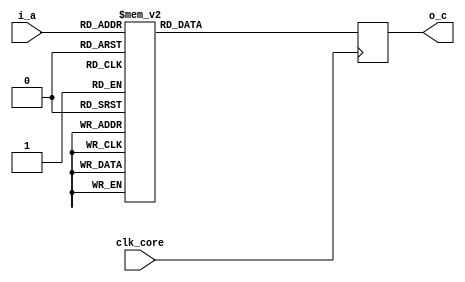
// This program was cloned from: https://github.com/Kenji-Ishimaru/polyphony
// License: MIT License

//=======================================================================
// Project Polyphony
//
// File:
//   fm_3d_frcp_rom.v
//
// Abstract:
//   floating point 1/x rom table
//  Created:
//    30 September 2008
//
// Copyright (c) 2008  Kenji Ishimaru, All rights reserved.
//
//======================================================================
//
// Copyright (c) 2020, Kenji Ishimaru
// All rights reserved.
//
// Redistribution and use in source and binary forms, with or without
// modification, are permitted provided that the following conditions are met:
//
//  -Redistributions of source code must retain the above copyright notice,
//   this list of conditions and the following disclaimer.
//  -Redistributions in binary form must reproduce the above copyright notice,
//   this list of conditions and the following disclaimer in the documentation
//   and/or other materials provided with the distribution.
//
// THIS SOFTWARE IS PROVIDED BY THE COPYRIGHT HOLDERS AND CONTRIBUTORS "AS IS"
// AND ANY EXPRESS OR IMPLIED WARRANTIES, INCLUDING, BUT NOT LIMITED TO,
// THE IMPLIED WARRANTIES OF MERCHANTABILITY AND FITNESS FOR A PARTICULAR
// PURPOSE ARE DISCLAIMED. IN NO EVENT SHALL THE COPYRIGHT HOLDER OR
// CONTRIBUTORS BE LIABLE FOR ANY DIRECT, INDIRECT, INCIDENTAL, SPECIAL,
// EXEMPLARY, OR CONSEQUENTIAL DAMAGES (INCLUDING, BUT NOT LIMITED TO,
// PROCUREMENT OF SUBSTITUTE GOODS OR SERVICES; LOSS OF USE, DATA, OR PROFITS;
// OR BUSINESS INTERRUPTION) HOWEVER CAUSED AND ON ANY THEORY OF LIABILITY,
// WHETHER IN CONTRACT, STRICT LIABILITY, OR TORT (INCLUDING NEGLIGENCE OR
// OTHERWISE) ARISING IN ANY WAY OUT OF THE USE OF THIS SOFTWARE,
// EVEN IF ADVISED OF THE POSSIBILITY OF SUCH DAMAGE.
//

module fm_3d_frcp_rom (
  clk_core,
  i_a,
  o_c
);

////////////////////////////
// I/O definition
////////////////////////////
    input         clk_core;
    input  [6:0]  i_a;
    output [31:0] o_c;

////////////////////////////
// reg
////////////////////////////
(*rom_style="distributed" *) reg    [31:0] r_c;
////////////////////////////
// assign
////////////////////////////
    assign o_c = r_c;
///////////////////////////////////////////
//  always statement
///////////////////////////////////////////
    always @(posedge clk_core) begin
(* parallel_case *) case (i_a)
            7'd0:   r_c <= 32'h800001fc;
            7'd1:   r_c <= 32'h7f0101f4;
            7'd2:   r_c <= 32'h7e0701ec;
            7'd3:   r_c <= 32'h7d1101e5;
            7'd4:   r_c <= 32'h7c1f01dd;
            7'd5:   r_c <= 32'h7b3001d6;
            7'd6:   r_c <= 32'h7a4401cf;
            7'd7:   r_c <= 32'h795c01c8;
            7'd8:   r_c <= 32'h787801c2;
            7'd9:   r_c <= 32'h779701bb;
            7'd10:  r_c <= 32'h76b901b5;
            7'd11:  r_c <= 32'h75de01af;
            7'd12:  r_c <= 32'h750701a8;
            7'd13:  r_c <= 32'h743201a2;
            7'd14:  r_c <= 32'h7361019d;
            7'd15:  r_c <= 32'h72920197;
            7'd16:  r_c <= 32'h71c70191;
            7'd17:  r_c <= 32'h70fe018c;
            7'd18:  r_c <= 32'h70380186;
            7'd19:  r_c <= 32'h6f740181;
            7'd20:  r_c <= 32'h6eb3017c;
            7'd21:  r_c <= 32'h6df50177;
            7'd22:  r_c <= 32'h6d3a0172;
            7'd23:  r_c <= 32'h6c80016d;
            7'd24:  r_c <= 32'h6bca0168;
            7'd25:  r_c <= 32'h6b150164;
            7'd26:  r_c <= 32'h6a63015f;
            7'd27:  r_c <= 32'h69b4015a;
            7'd28:  r_c <= 32'h69060156;
            7'd29:  r_c <= 32'h685b0152;
            7'd30:  r_c <= 32'h67b2014d;
            7'd31:  r_c <= 32'h670b0149;
            7'd32:  r_c <= 32'h66660145;
            7'd33:  r_c <= 32'h65c30141;
            7'd34:  r_c <= 32'h6522013d;
            7'd35:  r_c <= 32'h64830139;
            7'd36:  r_c <= 32'h63e70136;
            7'd37:  r_c <= 32'h634c0132;
            7'd38:  r_c <= 32'h62b2012e;
            7'd39:  r_c <= 32'h621b012a;
            7'd40:  r_c <= 32'h61860127;
            7'd41:  r_c <= 32'h60f20123;
            7'd42:  r_c <= 32'h60600120;
            7'd43:  r_c <= 32'h5fd0011d;
            7'd44:  r_c <= 32'h5f410119;
            7'd45:  r_c <= 32'h5eb40116;
            7'd46:  r_c <= 32'h5e290113;
            7'd47:  r_c <= 32'h5d9f0110;
            7'd48:  r_c <= 32'h5d17010d;
            7'd49:  r_c <= 32'h5c90010a;
            7'd50:  r_c <= 32'h5c0b0107;
            7'd51:  r_c <= 32'h5b870104;
            7'd52:  r_c <= 32'h5b050101;
            7'd53:  r_c <= 32'h5a8400fe;
            7'd54:  r_c <= 32'h5a0500fb;
            7'd55:  r_c <= 32'h598700f9;
            7'd56:  r_c <= 32'h590b00f6;
            7'd57:  r_c <= 32'h588f00f3;
            7'd58:  r_c <= 32'h581600f1;
            7'd59:  r_c <= 32'h579d00ee;
            7'd60:  r_c <= 32'h572600ec;
            7'd61:  r_c <= 32'h56b000e9;
            7'd62:  r_c <= 32'h563b00e7;
            7'd63:  r_c <= 32'h55c700e4;
            7'd64:  r_c <= 32'h555500e2;
            7'd65:  r_c <= 32'h54e400e0;
            7'd66:  r_c <= 32'h547400dd;
            7'd67:  r_c <= 32'h540500db;
            7'd68:  r_c <= 32'h539700d9;
            7'd69:  r_c <= 32'h532a00d7;
            7'd70:  r_c <= 32'h52bf00d4;
            7'd71:  r_c <= 32'h525400d2;
            7'd72:  r_c <= 32'h51eb00d0;
            7'd73:  r_c <= 32'h518300ce;
            7'd74:  r_c <= 32'h511b00cc;
            7'd75:  r_c <= 32'h50b500ca;
            7'd76:  r_c <= 32'h505000c8;
            7'd77:  r_c <= 32'h4fec00c6;
            7'd78:  r_c <= 32'h4f8800c4;
            7'd79:  r_c <= 32'h4f2600c2;
            7'd80:  r_c <= 32'h4ec400c0;
            7'd81:  r_c <= 32'h4e6400bf;
            7'd82:  r_c <= 32'h4e0400bd;
            7'd83:  r_c <= 32'h4da600bb;
            7'd84:  r_c <= 32'h4d4800b9;
            7'd85:  r_c <= 32'h4ceb00b8;
            7'd86:  r_c <= 32'h4c8f00b6;
            7'd87:  r_c <= 32'h4c3400b4;
            7'd88:  r_c <= 32'h4bda00b2;
            7'd89:  r_c <= 32'h4b8000b1;
            7'd90:  r_c <= 32'h4b2700af;
            7'd91:  r_c <= 32'h4ad000ae;
            7'd92:  r_c <= 32'h4a7900ac;
            7'd93:  r_c <= 32'h4a2200aa;
            7'd94:  r_c <= 32'h49cd00a9;
            7'd95:  r_c <= 32'h497800a7;
            7'd96:  r_c <= 32'h492400a6;
            7'd97:  r_c <= 32'h48d100a4;
            7'd98:  r_c <= 32'h487e00a3;
            7'd99:  r_c <= 32'h482d00a2;
            7'd100: r_c <= 32'h47dc00a0;
            7'd101: r_c <= 32'h478b009f;
            7'd102: r_c <= 32'h473c009d;
            7'd103: r_c <= 32'h46ed009c;
            7'd104: r_c <= 32'h469e009b;
            7'd105: r_c <= 32'h46510099;
            7'd106: r_c <= 32'h46040098;
            7'd107: r_c <= 32'h45b80097;
            7'd108: r_c <= 32'h456c0095;
            7'd109: r_c <= 32'h45210094;
            7'd110: r_c <= 32'h44d70093;
            7'd111: r_c <= 32'h448d0092;
            7'd112: r_c <= 32'h44440091;
            7'd113: r_c <= 32'h43fb008f;
            7'd114: r_c <= 32'h43b3008e;
            7'd115: r_c <= 32'h436c008d;
            7'd116: r_c <= 32'h4325008c;
            7'd117: r_c <= 32'h42df008b;
            7'd118: r_c <= 32'h429a008a;
            7'd119: r_c <= 32'h42540088;
            7'd120: r_c <= 32'h42100087;
            7'd121: r_c <= 32'h41cc0086;
            7'd122: r_c <= 32'h41890085;
            7'd123: r_c <= 32'h41460084;
            7'd124: r_c <= 32'h41040083;
            7'd125: r_c <= 32'h40c20082;
            7'd126: r_c <= 32'h40810081;
            7'd127: r_c <= 32'h40400080;
            default: r_c <= 32'h0;
        endcase
    end


endmodule